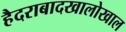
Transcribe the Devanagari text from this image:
हैदराबादखालोखाल